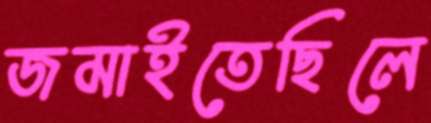
জমাইতেছিলে